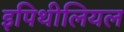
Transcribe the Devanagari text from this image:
इपिथीलियल